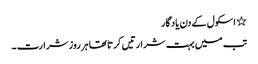
٭ اسکول کے دن یاد گار
تب میں بہت شرارتیں کرتا تھا ہر روز شرارت ۔